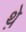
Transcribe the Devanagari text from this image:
थे़